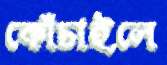
কোঁচাইলে